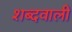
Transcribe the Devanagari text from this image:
शब्दवाली